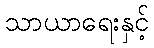
သာယာရေးနှင့်